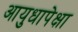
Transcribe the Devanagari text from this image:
आयुधापेक्षा